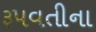
રૂપવતીના